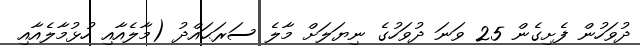
ދުވަހުން ފެށިގެން 25 ވަނަ ދުވަހުގެ ނިޔަލަށް މާލެ ސަރަޙައްދު (މާލެއާއި ހުޅުމާލެއާއި